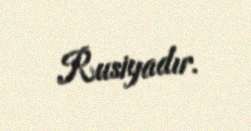
Rusiyadır.